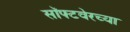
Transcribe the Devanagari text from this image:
सॉफ्टवेरच्या